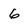
Character: 6